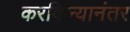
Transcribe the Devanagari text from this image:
करविल्यानंतर